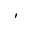
^ \prime